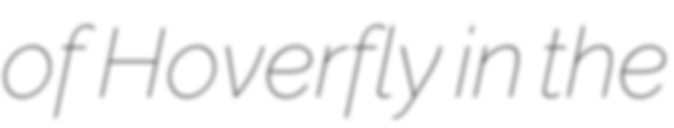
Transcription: of Hoverfly in the